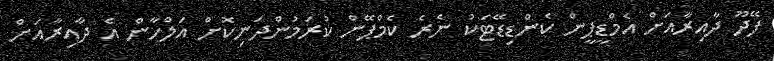
ފޭދޫ ދާއިރާއަށް އެމްޑީޕީން ކެންޑިޑޭޓަކު ނެރެ ކެމްޕޭން ކުރަމުންދަނިކޮށް އަލްހާން އެ ދާއިރާއަށް